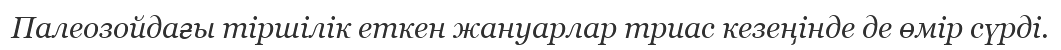
Палеозойдағы тіршілік еткен жануарлар триас кезеңінде де өмір сүрді.